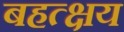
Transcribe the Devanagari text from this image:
बहत्क्षय